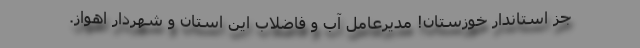
جز استاندار خوزستان! مديرعامل آب و فاضلاب اين استان و شهردار اهواز.